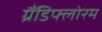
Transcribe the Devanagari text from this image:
ग्रैंडिफ्लोरम